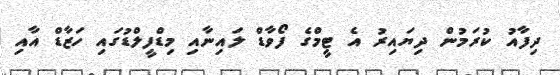
ދިފާއު ކުރަމުން ދިޔައިރު އެ ޓީމްގެ ފޯވާޑް ލައިނާއި މިޑްފީލްޑުގައި ހަޒާޑް އާއި